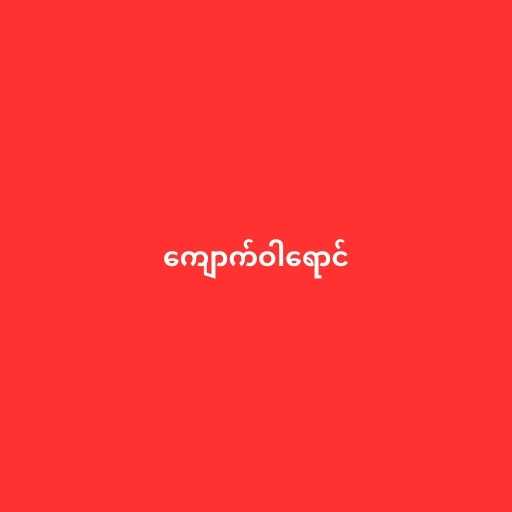
ကျောက်ဝါရောင်